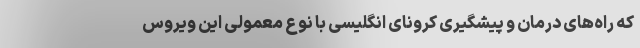
که راه‌های درمان و پیشگیری کرونای انگلیسی با نوع معمولی این ویروس